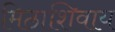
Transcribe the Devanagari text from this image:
मिठाशिवाय